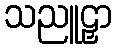
သညူဠှာ